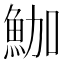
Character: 𩶛